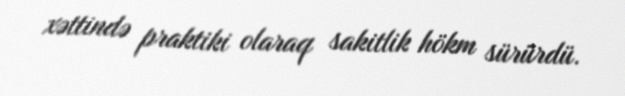
xəttində praktiki olaraq sakitlik hökm sürürdü.